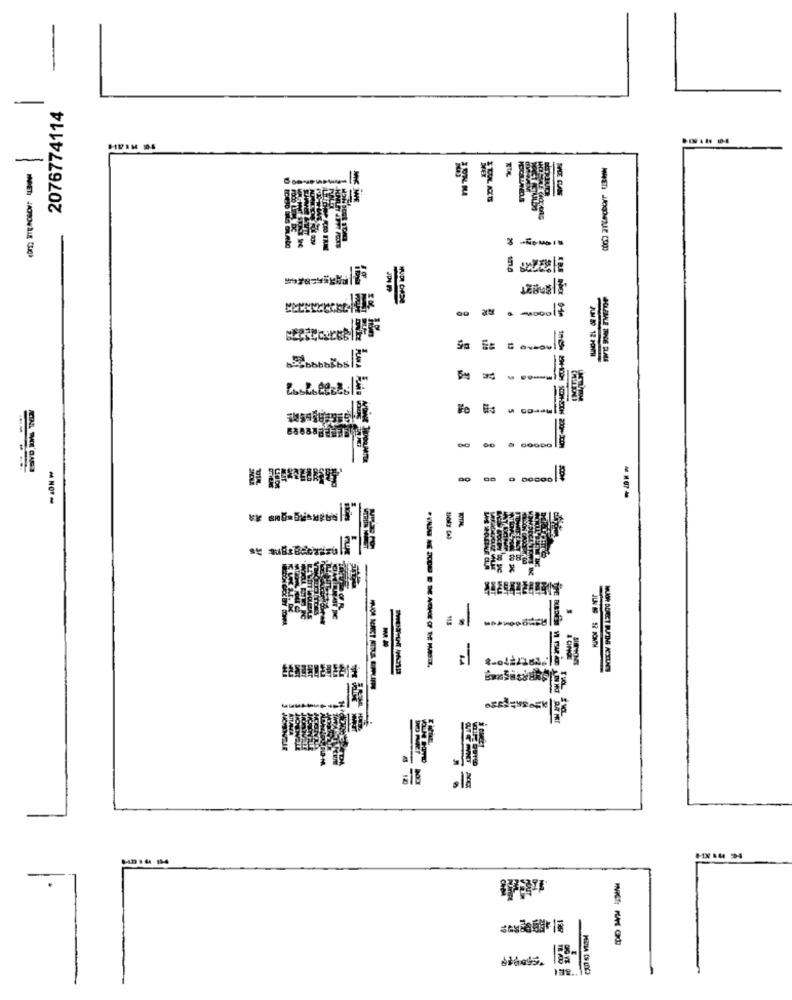
2076774114
---
at
bobbibs
-----
8 88
-
SHPHONES